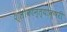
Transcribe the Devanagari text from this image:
श्लोकान्त्याक्षरी